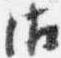
御